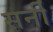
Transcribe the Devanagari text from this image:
सर्नी